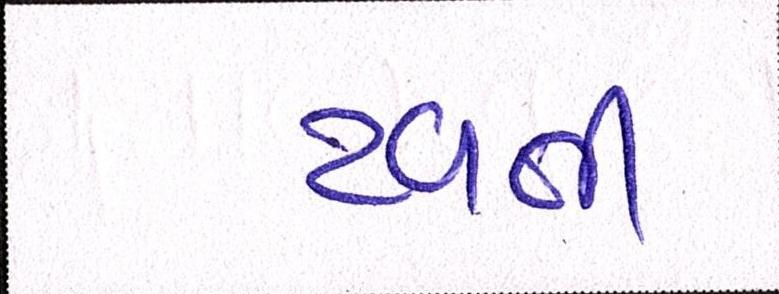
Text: ટળતી